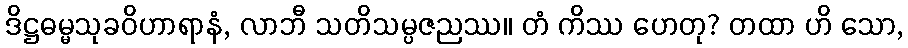
ဒိဋ္ဌဓမ္မသုခဝိဟာရာနံ, လာဘီ သတိသမ္ပဇညဿ။ တံ ကိဿ ဟေတု? တထာ ဟိ သော,